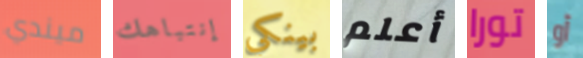
ميندي إنتباهك بينكي أعلم تورا أو